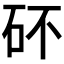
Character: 𥐴